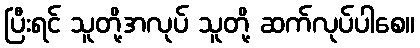
ပြီးရင် သူတို့အလုပ် သူတို့ ဆက်လုပ်ပါစေ။